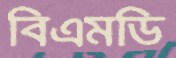
বিএমডি